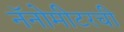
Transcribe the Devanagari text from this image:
नॅनोमीटरची